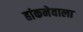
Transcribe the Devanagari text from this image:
हांकनेवाला